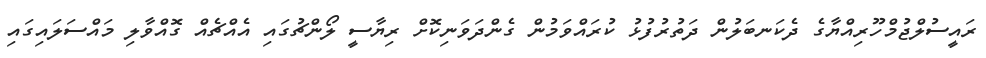
ރައީސުލްޖުމްހޫރިއްޔާގެ ދެކަނބަލުން ދަތުރުފުޅު ކުރައްވަމުން ގެންދަވަނިކޮށް ރިޔާސީ ލޯންޗުގައި އެއްޗެއް ގޮއްވާލި މައްސަލައިގައި